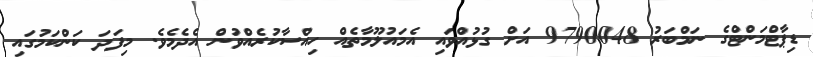
ޑިޕާޓްމަންޓްގެ ނަމްބަރު 9790048 އަށް ގުޅުއްވައި އެމައުލޫމާތެއް ހިއްސާކުރެއްވުން އެދެމެވެ. މިފަދަ ކަންކަމުގައި